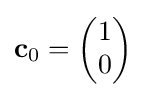
{\textstyle \mathbf {c} _{0}={\begin{pmatrix}1\\0\end{pmatrix}}}